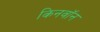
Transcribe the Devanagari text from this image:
किनवॉन